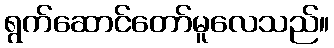
ရွက်ဆောင်တော်မူလေသည်။